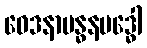
ဝေဒနာဗန္ဓနဗဒ္ဓေါ